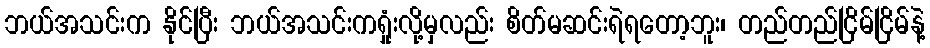
ဘယ်အသင်းက နိုင်ပြီး ဘယ်အသင်းကရှုံးလို့မှလည်း စိတ်မဆင်းရဲရတော့ဘူး၊ တည်တည်ငြိမ်ငြိမ်နဲ့